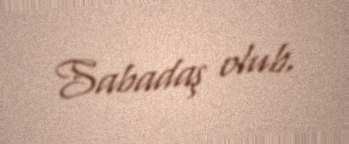
Sabadaş olub.